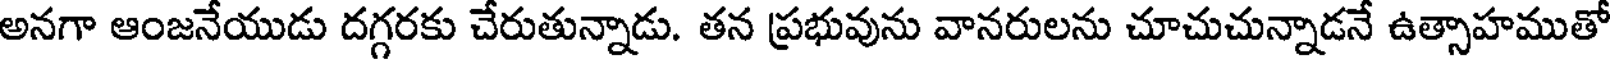
అనగా ఆంజనేయుడు దగ్గరకు చేరుతున్నాడు. తన ప్రభువును వానరులను చూచుచున్నాడనే ఉత్సాహముతో